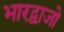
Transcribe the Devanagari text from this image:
भारद्वाजो